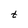
Character: t